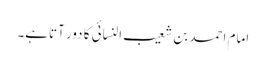
امام احمد بن شعیب النسائی کا دور آتاہے۔